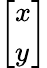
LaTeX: \left[\begin{array}{l}{x}\\ {y}\end{array}\right]